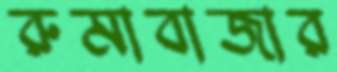
রুমাবাজার